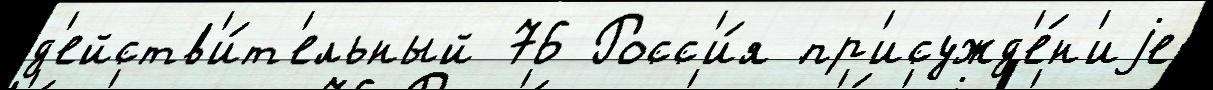
д'ейств'и́т'ельный 76 Росс'и́я пр'исужд'е́н'иjе